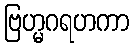
ဗြဟ္မဂရဟကာ